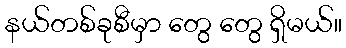
နယ်တစ်ခုစီမှာ တွေ တွေ ရှိမယ်။